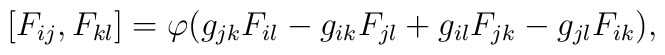
\hspace{+5em} [F_{ij},F_{kl}] = \varphi(g_{jk}F_{il}-g_{ik}F_{jl}+g_{il}F_{jk}-g_{jl}F_{ik}),